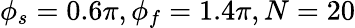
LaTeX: \phi_{s}=0.6\pi,\phi_{f}=1.4\pi,N=20